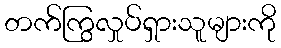
တက်ကြွလှုပ်ရှားသူများကို